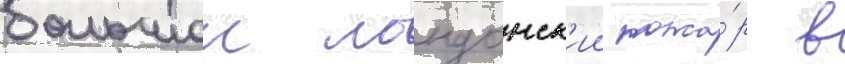
большои лондонск'ии пожа́р в